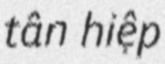
tân hiệp